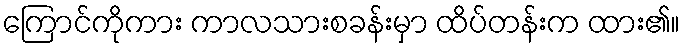
ကြောင်ကိုကား ကာလသားစခန်းမှာ ထိပ်တန်းက ထား၏။